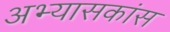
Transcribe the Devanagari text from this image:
अभ्यासकांस